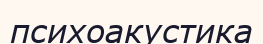
психоакустика